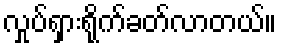
လှုပ်ရှားရိုက်ခတ်လာတယ်။